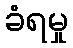
ခံရမှု